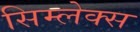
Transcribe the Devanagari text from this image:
सिम्लेक्स